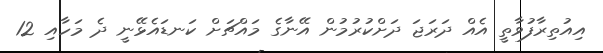
އިއުތިރާފުވާތީ އެއް ދަރަޖަ ދަށްކުރުމުން އޭނާގެ މައްޗަށް ކަނޑައެޅޭނީ ދެ މަހާއި 12